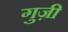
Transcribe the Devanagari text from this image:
गुज़ी